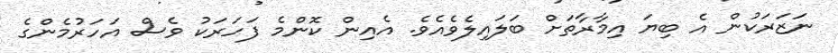
ނަޒަރަކުން އެ ބިޔަ އިމާރާތަށް ބަލައިލެވެއެވެ. އެއިން ކޮންމެ ފަހަރަކު ވެސް އަހަރުމެންގެ